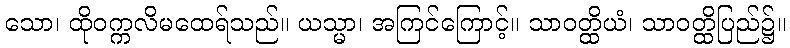
သော၊ ထိုဝက္ကလိမထေရ်သည်။ ယသ္မာ၊ အကြင်ကြောင့်။ သာဝတ္ထိယံ၊ သာဝတ္ထိပြည်၌။